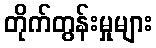
တိုက်တွန်းမှုများ